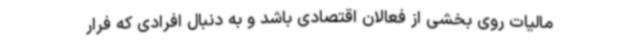
مالیات روی بخشی از فعالان اقتصادی باشد و به دنبال افرادی که فرار